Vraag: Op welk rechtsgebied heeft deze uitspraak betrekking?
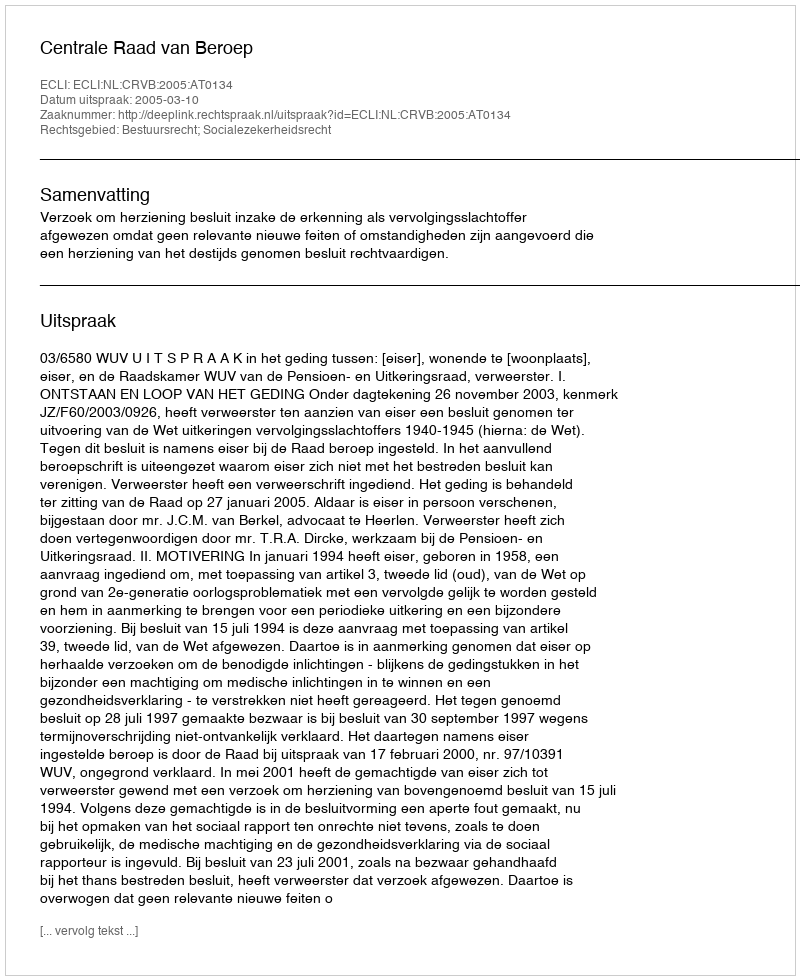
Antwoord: Bestuursrecht; Socialezekerheidsrecht